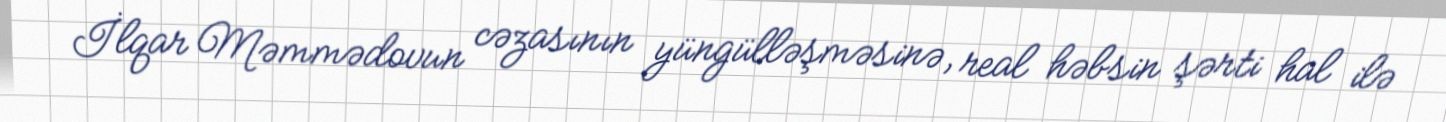
İlqar Məmmədovun cəzasının yüngülləşməsinə, real həbsin şərti hal ilə